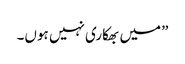
”میں بھکاری نہیں ہوں۔